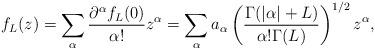
LaTeX: \begin{align*}f_L(z)=\sum_{\alpha}\frac{\partial^{\alpha}f_L(0)}{\alpha!}z^{\alpha}=\sum_{\alpha}a_{\alpha}\left(\frac{\Gamma(|\alpha|+L)}{\alpha!\Gamma(L)}\right)^{1/2}z^{\alpha},\end{align*}